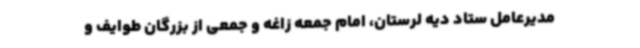
مدیرعامل ستاد دیه لرستان، امام جمعه زاغه و جمعی از بزرگان طوایف و